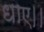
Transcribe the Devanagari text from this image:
धाए।।